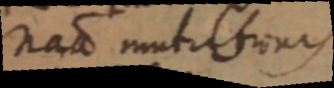
nad mutiltunis